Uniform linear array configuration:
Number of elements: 8
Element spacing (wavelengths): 0.75
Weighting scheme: binomial
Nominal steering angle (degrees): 45
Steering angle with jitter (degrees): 43.894
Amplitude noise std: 0.05
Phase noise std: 0.05

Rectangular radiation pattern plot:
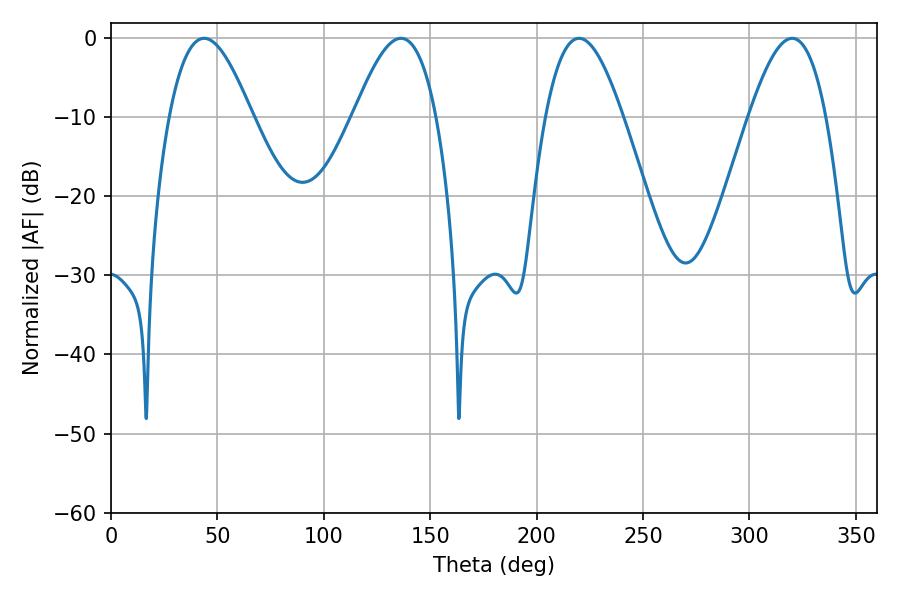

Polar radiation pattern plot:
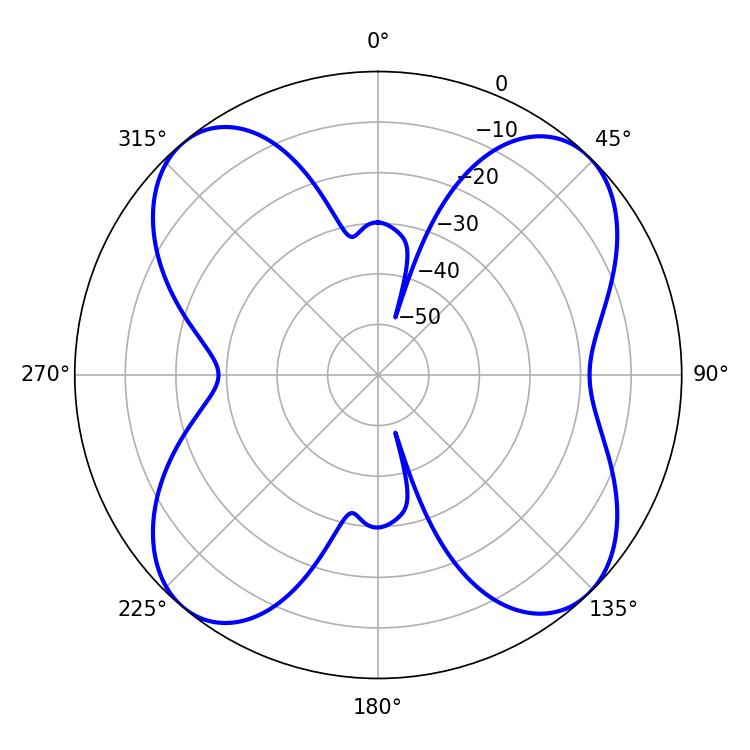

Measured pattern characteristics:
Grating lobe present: TRUE
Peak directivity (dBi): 13.616
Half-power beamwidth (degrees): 21.06
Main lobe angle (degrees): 43.74